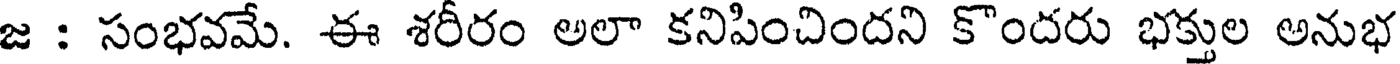
జ : సంభవమే. ఈ శరీరం అలా కనిపించిందని కొందరు భక్తుల అనుభ